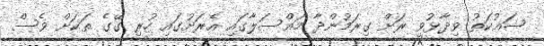
ޝައުކަތު ވިދާޅުވީ ރަށް ގިރަމުންދާ މައްސަލާގައި އެރަށުގައި ހުރި ގޭގެ ތަކަށް ވެސް